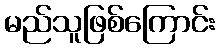
မည်သူဖြစ်ကြောင်း